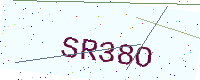
Text: SR38O